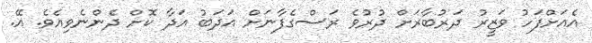
އެއަށްފަހު ވަޒީރު ދަރުބާރަށް ދުރުވެ ރަސްގެފާނަށް އަދަބު އަދާ ކޮށް ދެންނެވިއެވެ. އޭ.